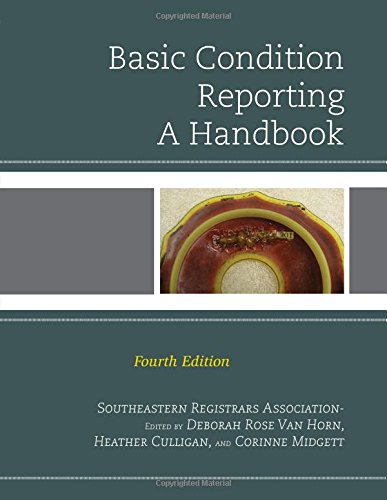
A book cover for Basic Condition Reporting: A Handbook; Southeastern Registrars Association; Business & Money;